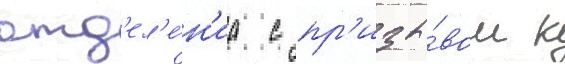
отд'ел'е́н'иа с пр'изы́вом к